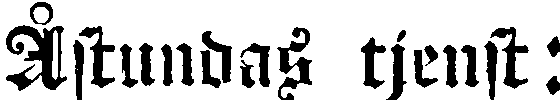
Åstundas tjenft: